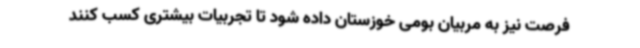
فرصت نیز به مربیان بومی خوزستان داده شود تا تجربیات بیشتری کسب کنند